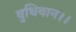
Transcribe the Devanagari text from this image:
बुधिवान।।